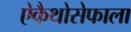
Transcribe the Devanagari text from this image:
ऐकैथोसेफाला